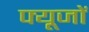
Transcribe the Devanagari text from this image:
फ्यूजों